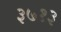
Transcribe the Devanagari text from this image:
३७१३